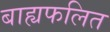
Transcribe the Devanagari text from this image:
बाह्यफलित